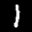
Label: 1